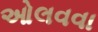
ઓલવવા